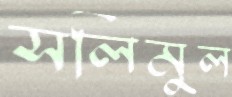
সলিমুল